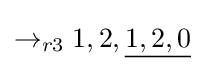
\rightarrow _{r3}1,2,{\underline {1,2,0}}